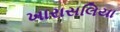
ખારાસલિયા